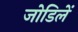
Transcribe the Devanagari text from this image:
जोडिलें